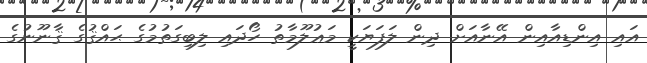
އައި އިންޑިއާއިން އޭނާއަށް ދިން ލަފަޔަކީ މަޢުލޫމާތު ހޯދައި ލިބިގަތުމުގެ ޙައްޤުގެ ޤާނޫނުގެ